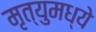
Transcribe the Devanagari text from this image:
मृत्युमध्ये